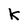
Character: k